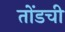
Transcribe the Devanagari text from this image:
तोंडची